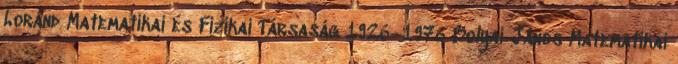
Loránd Matematikai és Fizikai Társaság 1926–1976 Bolyai János Matematikai